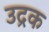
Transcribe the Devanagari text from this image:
उद्रक